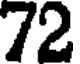
72